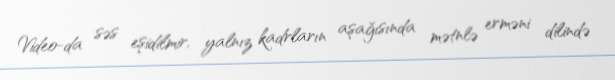
Video-da səs eşidilmir, yalnız kadrların aşağısında mətnlə erməni dilində